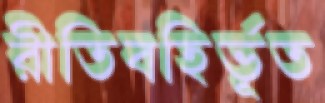
রীতিবহির্ভূত